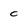
Character: c